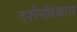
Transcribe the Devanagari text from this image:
दर्शनविकास